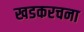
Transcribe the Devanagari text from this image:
खडकरचना